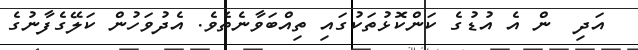
އަދި  ން އެ އުޑުގެ ކަންކޮޅުތަކުގައި ތިއްބަވާނެތެވެ. އެދުވަހުން ކަލޭގެފާނުގެ